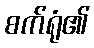
စက်ရုံ၏